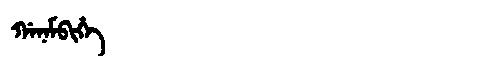
Manchu: ᡤᠠᠨᠠᠮᠪᡳᡥᡝ
Romanization: GANAMBIHE